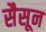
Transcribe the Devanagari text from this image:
सैसून